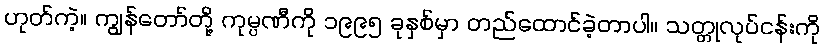
ဟုတ်ကဲ့။ ကျွန်တော်တို့ ကုမ္ပဏီကို ၁၉၉၅ ခုနှစ်မှာ တည်ထောင်ခဲ့တာပါ။ သတ္တုလုပ်ငန်းကို